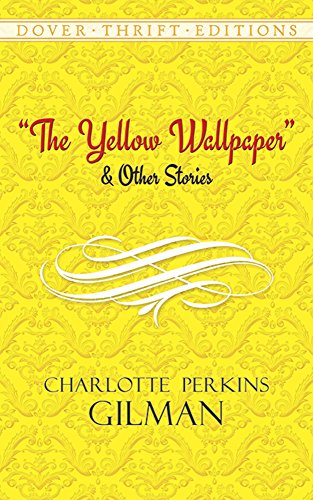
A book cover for The Yellow Wallpaper and Other Stories (Dover Thrift Editions); Charlotte Perkins Gilman; Teen & Young Adult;